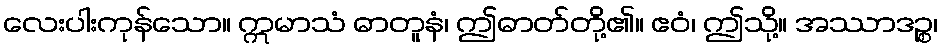
လေးပါးကုန်သော။ ဣမာသံ ဓာတူနံ၊ ဤဓာတ်တို့၏။ ဧဝံ၊ ဤသို့။ အဿာဒဉ္စ၊